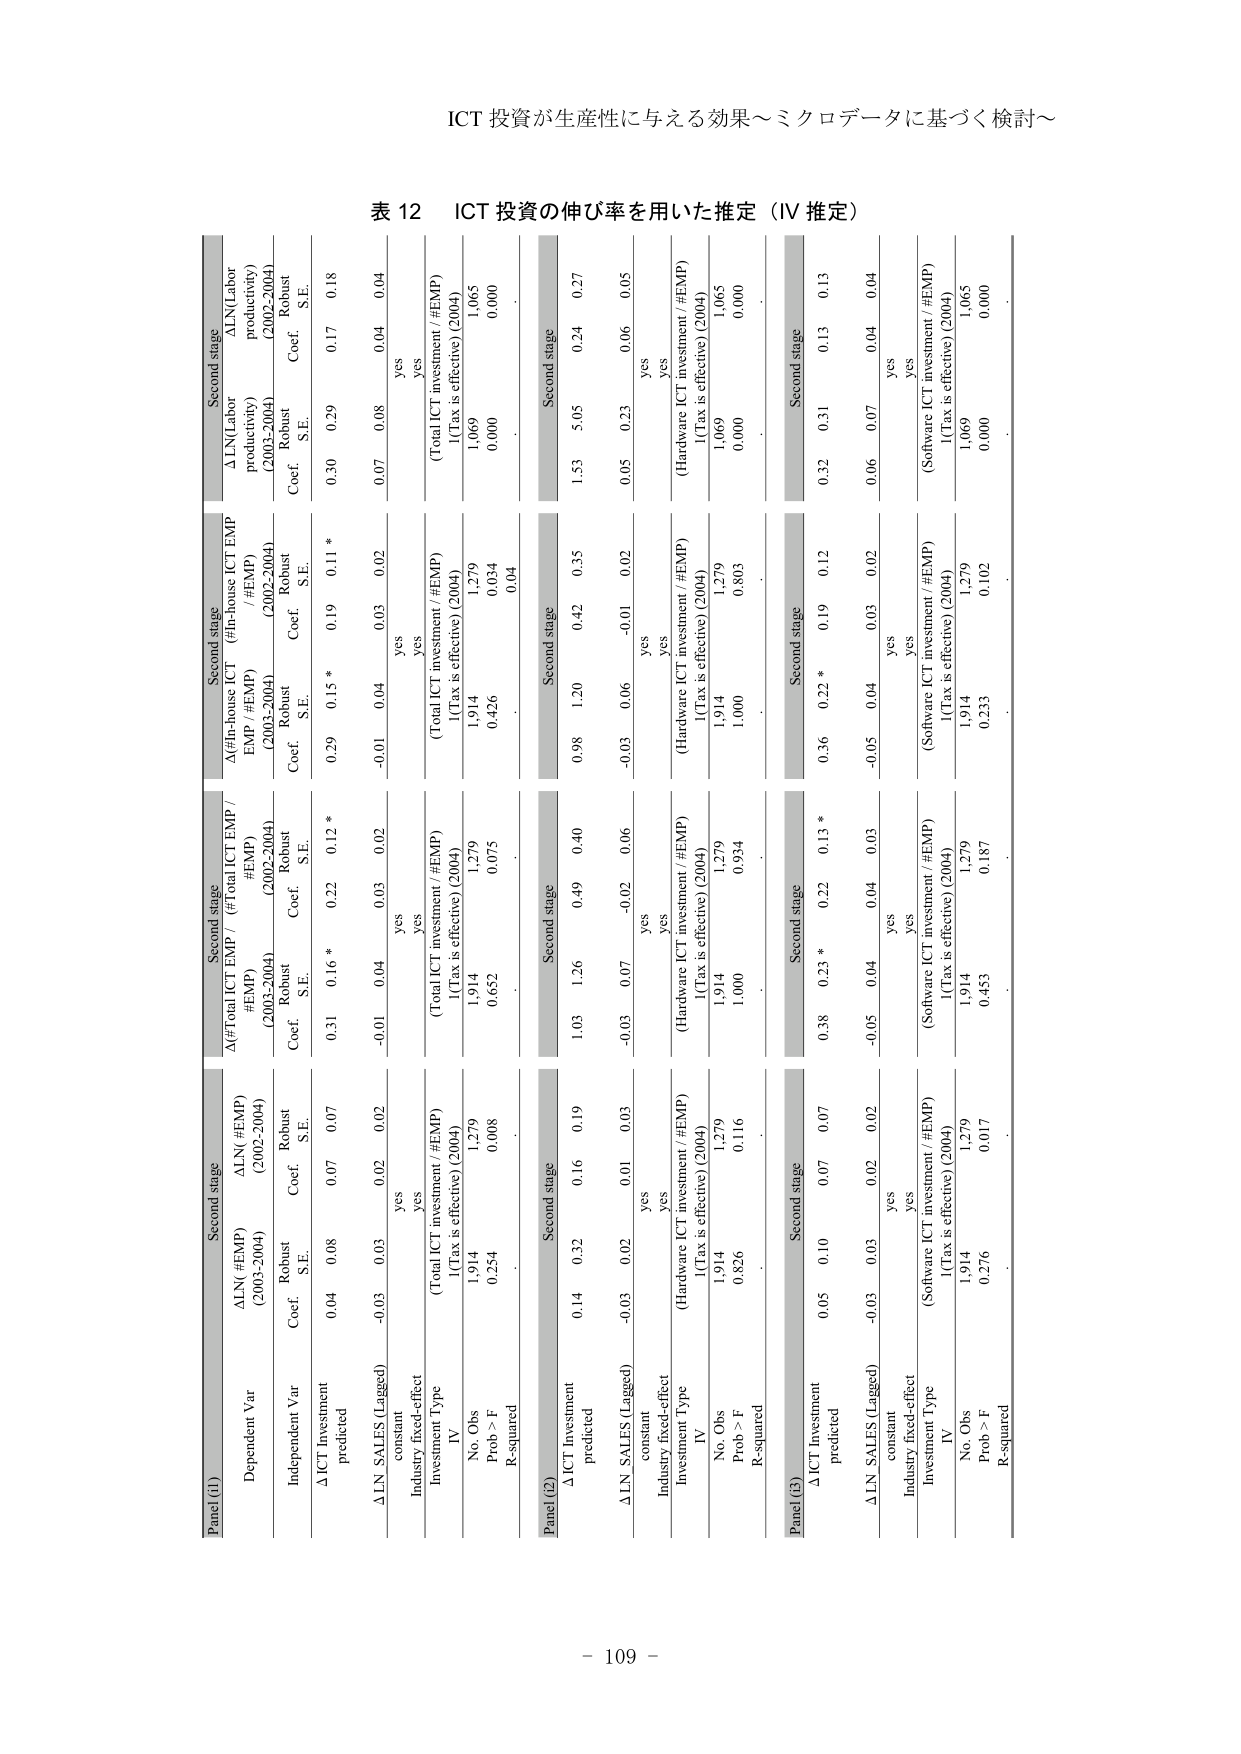
ICT 投資が生産性に与える効果～ミクロデータに基づく検討～

表 12 ICT 投資の伸び率を用いた推定（IV 推定）

Panel (1)
Second stage
Dependent Var
ΔLN (#EMP) (2003-2004)
Robust
Coef. S.E.
Independent Var
ΔICT Investment predicted
0.04 0.08
ΔLN SALES (Lagged)
-0.03 0.03
constant
yes
Industry fixed-effect
yes
Investment Type
IV
(Total ICT investment / #EMP)
I(Tax is effective) (2004)
1.279
1.914
No. Obs
1.279
1.914
Prob > F
0.254
0.008
R-squared
.
Second stage
Δ(Total ICT EMP / #EMP) (2003-2004)
Robust
Coef. S.E.
ΔICT Investment predicted
0.31 0.16 *
ΔLN SALES (Lagged)
-0.01 0.04
constant
yes
Industry fixed-effect
yes
Investment Type
IV
(Total ICT investment / #EMP)
I(Tax is effective) (2004)
1.279
1.914
No. Obs
1.279
1.914
Prob > F
0.652
0.075
R-squared
.
Second stage
Δ(In-house ICT EMP / #EMP) (2003-2004)
Robust
Coef. S.E.
ΔICT Investment predicted
0.29 0.15 *
ΔLN SALES (Lagged)
-0.01 0.04
constant
yes
Industry fixed-effect
yes
Investment Type
IV
(Total ICT investment / #EMP)
I(Tax is effective) (2004)
1.279
1.914
No. Obs
1.279
1.914
Prob > F
0.426
0.034
R-squared
.
Second stage
ΔLN(Labor productivity) (2003-2004)
Robust
Coef. S.E.
ΔICT Investment predicted
0.30 0.29
ΔLN SALES (Lagged)
0.07 0.08
constant
yes
Industry fixed-effect
yes
Investment Type
IV
(Total ICT investment / #EMP)
I(Tax is effective) (2004)
1.065
1.069
No. Obs
1.065
1.069
Prob > F
0.000
0.000
R-squared
.
Second stage
ΔLN(Labor productivity) (2002-2004)
Robust
Coef. S.E.
ΔICT Investment predicted
0.17 0.18
ΔLN SALES (Lagged)
0.04 0.04
constant
yes
Industry fixed-effect
yes
Investment Type
IV
(Total ICT investment / #EMP)
I(Tax is effective) (2004)
1.065
1.069
No. Obs
1.065
1.069
Prob > F
0.000
0.000
R-squared
.

Panel (2)
Second stage
ΔICT Investment predicted
0.14 0.32
ΔLN SALES (Lagged)
-0.03 0.02
constant
yes
Industry fixed-effect
yes
Investment Type
IV
(Hardware ICT investment / #EMP)
I(Tax is effective) (2004)
1.279
1.914
No. Obs
1.279
1.914
Prob > F
0.826
0.116
R-squared
.
Second stage
Δ(Total ICT EMP / #EMP) (2003-2004)
Robust
Coef. S.E.
ΔICT Investment predicted
1.03 1.26
ΔLN SALES (Lagged)
-0.03 0.07
constant
yes
Industry fixed-effect
yes
Investment Type
IV
(Hardware ICT investment / #EMP)
I(Tax is effective) (2004)
1.279
1.914
No. Obs
1.279
1.914
Prob > F
1.000
0.934
R-squared
.
Second stage
Δ(In-house ICT EMP / #EMP) (2003-2004)
Robust
Coef. S.E.
ΔICT Investment predicted
0.98 1.20
ΔLN SALES (Lagged)
-0.03 0.06
constant
yes
Industry fixed-effect
yes
Investment Type
IV
(Hardware ICT investment / #EMP)
I(Tax is effective) (2004)
1.279
1.914
No. Obs
1.279
1.914
Prob > F
1.000
0.803
R-squared
.
Second stage
ΔLN(Labor productivity) (2003-2004)
Robust
Coef. S.E.
ΔICT Investment predicted
1.53 5.05
ΔLN SALES (Lagged)
0.05 0.23
constant
yes
Industry fixed-effect
yes
Investment Type
IV
(Hardware ICT investment / #EMP)
I(Tax is effective) (2004)
1.065
1.069
No. Obs
1.065
1.069
Prob > F
0.000
0.000
R-squared
.
Second stage
ΔLN(Labor productivity) (2002-2004)
Robust
Coef. S.E.
ΔICT Investment predicted
0.24 0.27
ΔLN SALES (Lagged)
0.06 0.05
constant
yes
Industry fixed-effect
yes
Investment Type
IV
(Hardware ICT investment / #EMP)
I(Tax is effective) (2004)
1.065
1.069
No. Obs
1.065
1.069
Prob > F
0.000
0.000
R-squared
.

Panel (3)
Second stage
ΔICT Investment predicted
0.05 0.10
ΔLN SALES (Lagged)
-0.03 0.03
constant
yes
Industry fixed-effect
yes
Investment Type
IV
(Software ICT investment / #EMP)
I(Tax is effective) (2004)
1.279
1.914
No. Obs
1.279
1.914
Prob > F
0.276
0.017
R-squared
.
Second stage
Δ(Total ICT EMP / #EMP) (2003-2004)
Robust
Coef. S.E.
ΔICT Investment predicted
0.38 0.23 *
ΔLN SALES (Lagged)
-0.05 0.04
constant
yes
Industry fixed-effect
yes
Investment Type
IV
(Software ICT investment / #EMP)
I(Tax is effective) (2004)
1.279
1.914
No. Obs
1.279
1.914
Prob > F
0.453
0.187
R-squared
.
Second stage
Δ(In-house ICT EMP / #EMP) (2003-2004)
Robust
Coef. S.E.
ΔICT Investment predicted
0.36 0.22 *
ΔLN SALES (Lagged)
-0.05 0.04
constant
yes
Industry fixed-effect
yes
Investment Type
IV
(Software ICT investment / #EMP)
I(Tax is effective) (2004)
1.279
1.914
No. Obs
1.279
1.914
Prob > F
0.233
0.102
R-squared
.
Second stage
ΔLN(Labor productivity) (2003-2004)
Robust
Coef. S.E.
ΔICT Investment predicted
0.32 0.31
ΔLN SALES (Lagged)
0.06 0.07
constant
yes
Industry fixed-effect
yes
Investment Type
IV
(Software ICT investment / #EMP)
I(Tax is effective) (2004)
1.065
1.069
No. Obs
1.065
1.069
Prob > F
0.000
0.000
R-squared
.
Second stage
ΔLN(Labor productivity) (2002-2004)
Robust
Coef. S.E.
ΔICT Investment predicted
0.13 0.13
ΔLN SALES (Lagged)
0.04 0.04
constant
yes
Industry fixed-effect
yes
Investment Type
IV
(Software ICT investment / #EMP)
I(Tax is effective) (2004)
1.065
1.069
No. Obs
1.065
1.069
Prob > F
0.000
0.000
R-squared
.

- 109 -